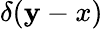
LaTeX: \delta(\mathbf{y}-x)